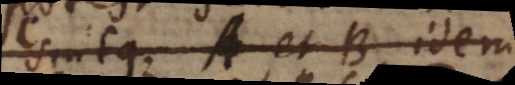
sintque A et B idem,